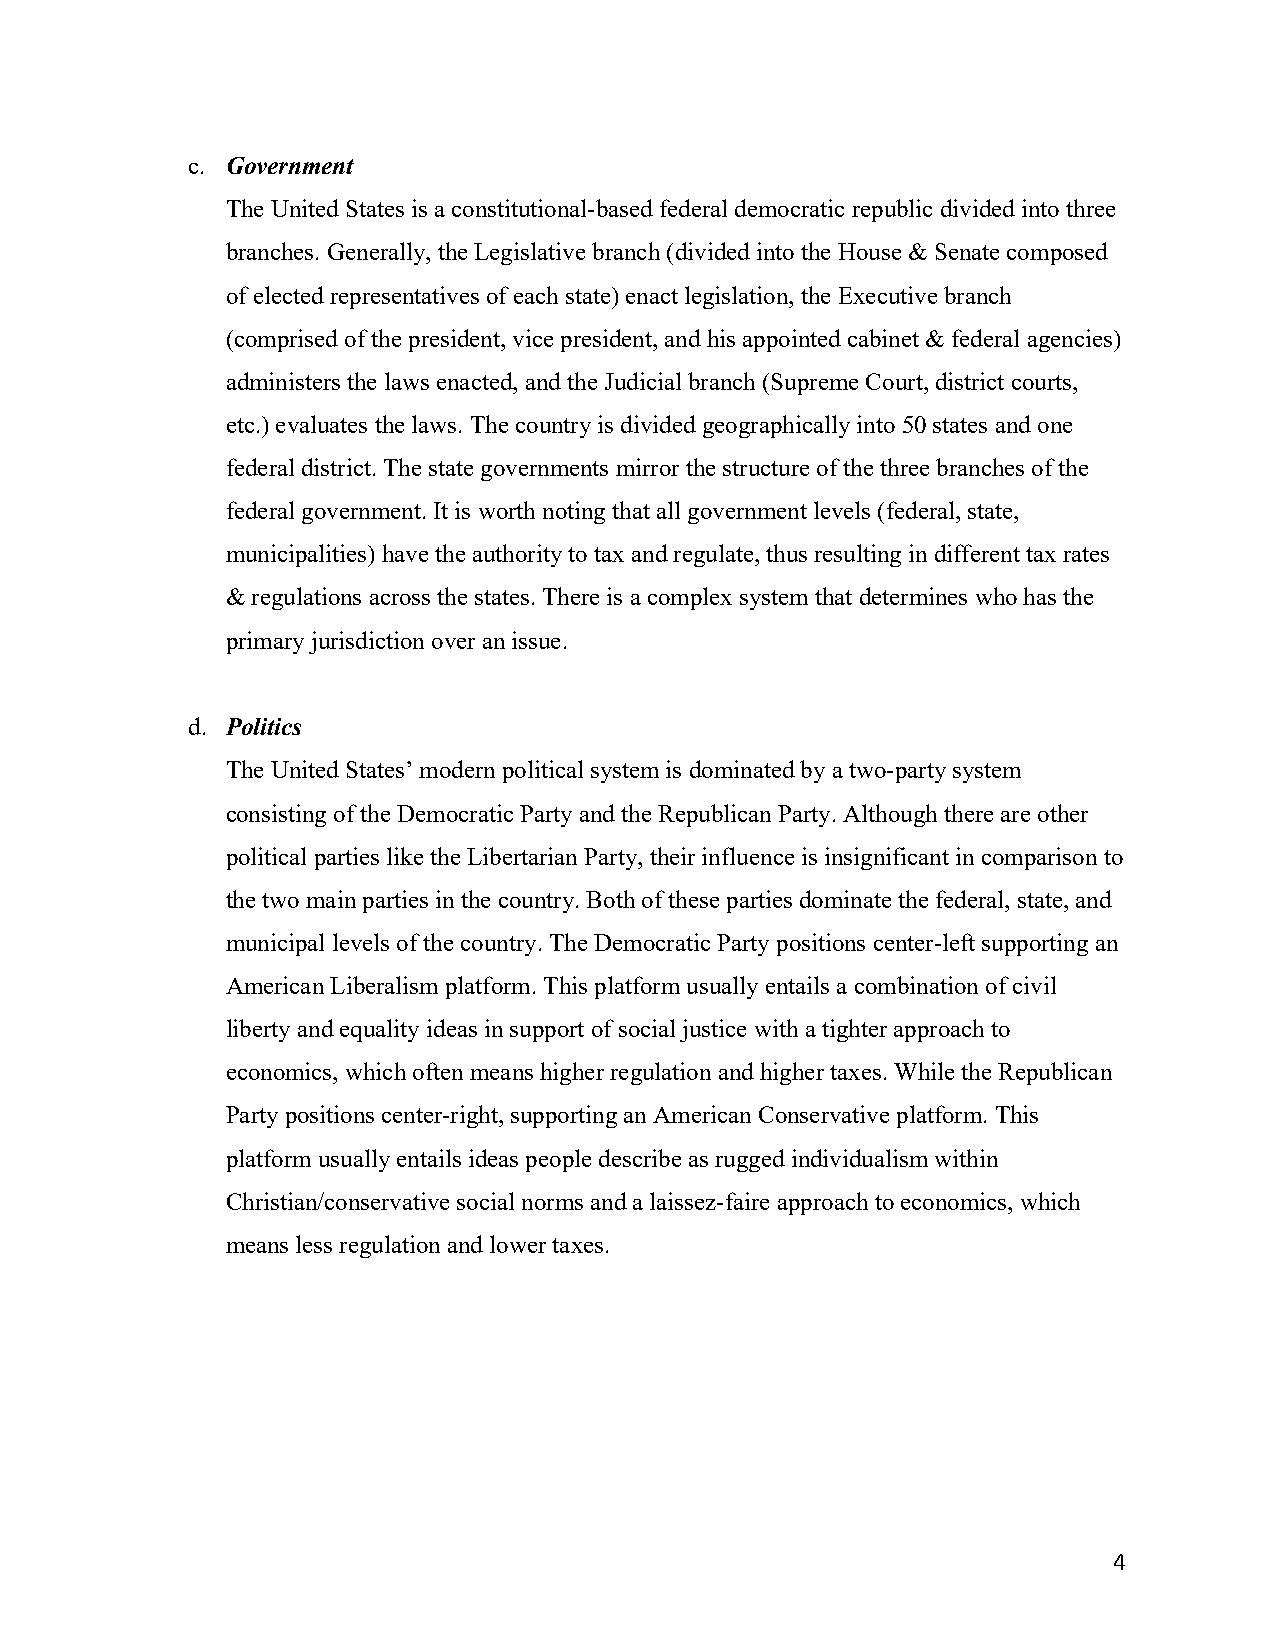
c. Government
 The United States is a constitutional-based federal democratic republic divided into three
 branches. Generally, the Legislative branch (divided into the House & Senate composed
 of elected representatives of each state) enact legislation, the Executive branch
 (comprised of the president, vice president, and his appointed cabinet & federal agencies)
 administers the laws enacted, and the Judicial branch (Supreme Court, district courts,
 etc.) evaluates the laws. The country is divided geographically into 50 states and one
 federal district. The state governments mirror the structure of the three branches of the
 federal government. It is worth noting that all government levels (federal, state,
 municipalities) have the authority to tax and regulate, thus resulting in different tax rates
 & regulations across the states. There is a complex system that determines who has the
 primary jurisdiction over an issue.
 d. Politics
 The United States’ modern political system is dominated by a two-party system
 consisting of the Democratic Party and the Republican Party. Although there are other
 political parties like the Libertarian Party, their influence is insignificant in comparison to
 the two main parties in the country. Both of these parties dominate the federal, state, and
 municipal levels of the country. The Democratic Party positions center-left supporting an
 American Liberalism platform. This platform usually entails a combination of civil
 liberty and equality ideas in support of social justice with a tighter approach to
 economics, which often means higher regulation and higher taxes. While the Republican
 Party positions center-right, supporting an American Conservative platform. This
 platform usually entails ideas people describe as rugged individualism within
 Christian/conservative social norms and a laissez-faire approach to economics, which
 means less regulation and lower taxes.
 4